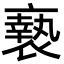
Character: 䙝